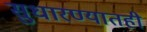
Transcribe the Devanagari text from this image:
सुधारण्यातही